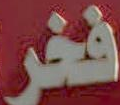
فخر